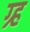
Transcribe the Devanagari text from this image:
ग्र्ह